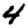
Digit: 4